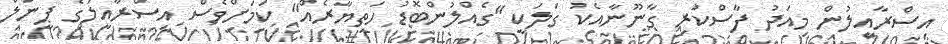
އިސްރާއީލުން މިއަދު ފާސްކުރި ގާނޫނާއެކު ގަލަކީ "ގެއްލުންބޮޑު ހަތިޔާރެއް" ކަމަށްވެސް އިސްރާއީލުގެ ޕީނަލް